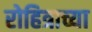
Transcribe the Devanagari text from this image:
रोहित्राच्या